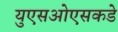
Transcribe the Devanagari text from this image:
युएसओएसकडे